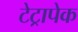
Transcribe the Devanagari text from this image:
टेट्रापेक